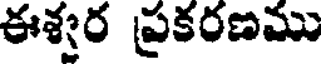
ఈశ్వర ప్రకరణము